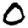
Digit: 0